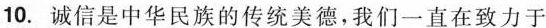
10.诚信是中华民族的传统美德，我们一直在致力于